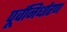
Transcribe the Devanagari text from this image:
पूर्वनिर्धारण